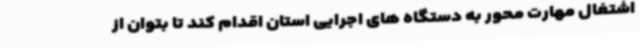
اشتغال مهارت محور به دستگاه های اجرایی استان اقدام کند تا بتوان از